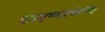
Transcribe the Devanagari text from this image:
दाहतृष्णाप्रमेहजित्‌